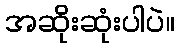
အဆိုးဆုံးပါပဲ။